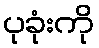
ပုခုံးကို